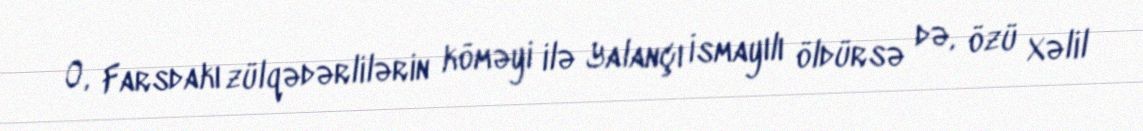
O, Farsdakı zülqədərlilərin köməyi ilə Yalançı İsmayılı öldürsə də, özü Xəlil